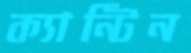
ক্যান্টিন